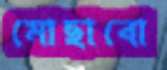
মোছাবো